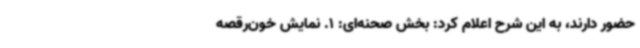
حضور دارند، به این شرح اعلام کرد: بخش صحنه‌ای: 1. نمایش خون‌رقصه